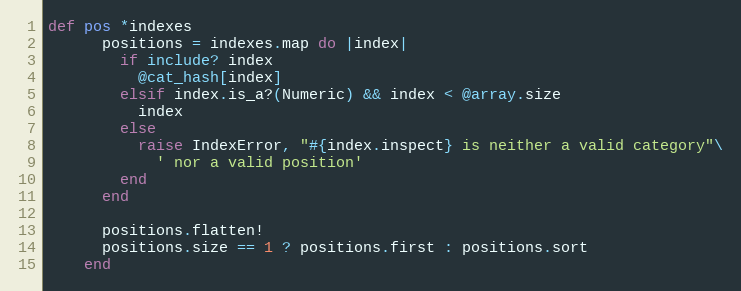
Language: Ruby
def pos *indexes
      positions = indexes.map do |index|
        if include? index
          @cat_hash[index]
        elsif index.is_a?(Numeric) && index < @array.size
          index
        else
          raise IndexError, "#{index.inspect} is neither a valid category"\
            ' nor a valid position'
        end
      end

      positions.flatten!
      positions.size == 1 ? positions.first : positions.sort
    end